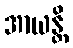
အာယန္တိ